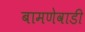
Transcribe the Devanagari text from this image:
बामणेवाडी